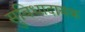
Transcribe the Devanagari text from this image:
सुविधादायक